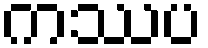
ကဿပ